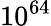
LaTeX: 10^{64}